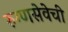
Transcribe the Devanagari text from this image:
रुग्णसेवेची